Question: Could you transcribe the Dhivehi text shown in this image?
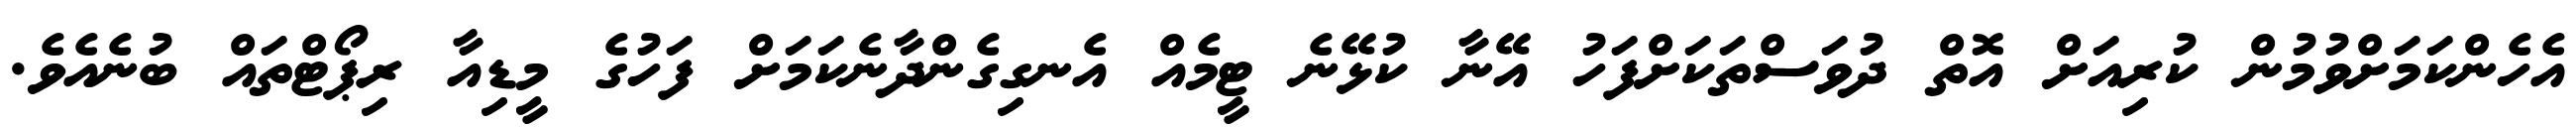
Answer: އެހެންކަމަށްވުމުން ކުރިއަށް އޮތް ދުވަސްތަކަށްފަހު އޭނާ ކުޅޭނެ ޓީމެއް އެނގިގެންދާނެކަމަށް ފަހުގެ މީޑިއާ ރިޕޯޓްތައް ބުނެއެވެ.